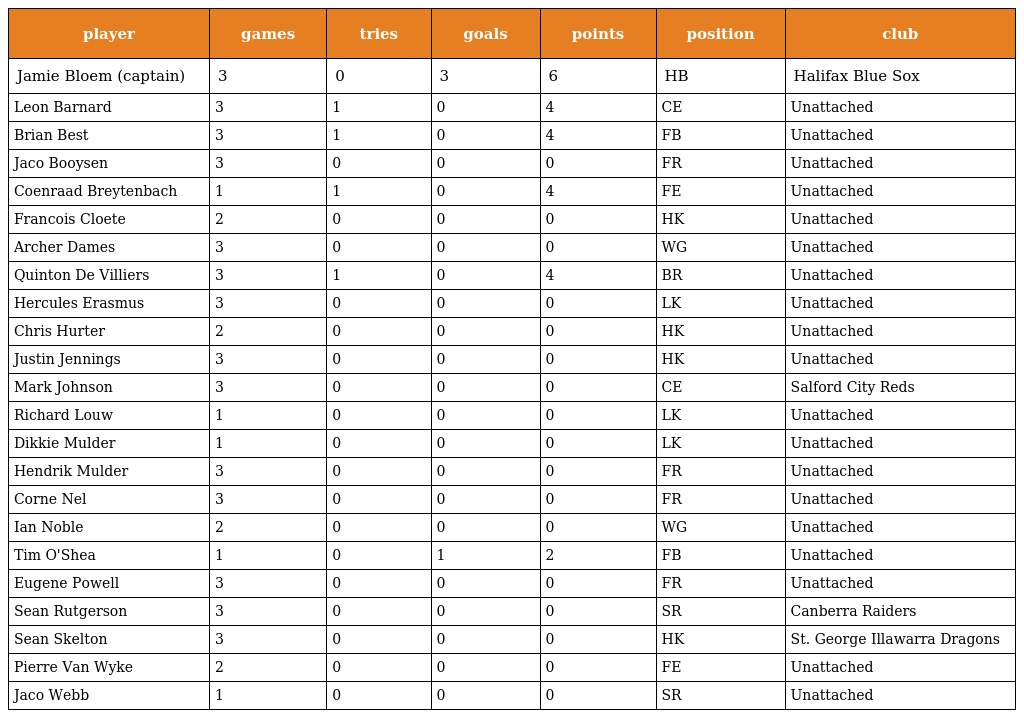
| player | games | tries | goals | points | position | club |
 | --- | --- | --- | --- | --- | --- | --- |
 | Jamie Bloem (captain) | 3 | 0 | 3 | 6 | HB | Halifax Blue Sox |
 | Leon Barnard | 3 | 1 | 0 | 4 | CE | Unattached |
 | Brian Best | 3 | 1 | 0 | 4 | FB | Unattached |
 | Jaco Booysen | 3 | 0 | 0 | 0 | FR | Unattached |
 | Coenraad Breytenbach | 1 | 1 | 0 | 4 | FE | Unattached |
 | Francois Cloete | 2 | 0 | 0 | 0 | HK | Unattached |
 | Archer Dames | 3 | 0 | 0 | 0 | WG | Unattached |
 | Quinton De Villiers | 3 | 1 | 0 | 4 | BR | Unattached |
 | Hercules Erasmus | 3 | 0 | 0 | 0 | LK | Unattached |
 | Chris Hurter | 2 | 0 | 0 | 0 | HK | Unattached |
 | Justin Jennings | 3 | 0 | 0 | 0 | HK | Unattached |
 | Mark Johnson | 3 | 0 | 0 | 0 | CE | Salford City Reds |
 | Richard Louw | 1 | 0 | 0 | 0 | LK | Unattached |
 | Dikkie Mulder | 1 | 0 | 0 | 0 | LK | Unattached |
 | Hendrik Mulder | 3 | 0 | 0 | 0 | FR | Unattached |
 | Corne Nel | 3 | 0 | 0 | 0 | FR | Unattached |
 | Ian Noble | 2 | 0 | 0 | 0 | WG | Unattached |
 | Tim O'Shea | 1 | 0 | 1 | 2 | FB | Unattached |
 | Eugene Powell | 3 | 0 | 0 | 0 | FR | Unattached |
 | Sean Rutgerson | 3 | 0 | 0 | 0 | SR | Canberra Raiders |
 | Sean Skelton | 3 | 0 | 0 | 0 | HK | St. George Illawarra Dragons |
 | Pierre Van Wyke | 2 | 0 | 0 | 0 | FE | Unattached |
 | Jaco Webb | 1 | 0 | 0 | 0 | SR | Unattached |